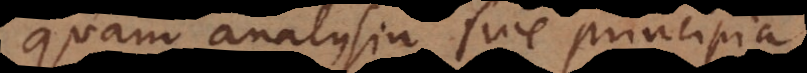
quam analysin sive principia